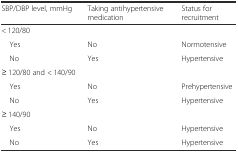
<table><thead><tr><td><b>SBP/DBP level, mmHg</b></td><td><b>Taking antihypertensive medication</b></td><td><b>Status for recruitment</b></td></tr></thead><tbody><tr><td>&lt; 120/80</td><td></td><td></td></tr><tr><td> Yes</td><td>No</td><td>Normotensive</td></tr><tr><td> No</td><td>Yes</td><td>Hypertensive</td></tr><tr><td>≥ 120/80 and &lt; 140/90</td><td></td><td></td></tr><tr><td> Yes</td><td>No</td><td>Prehypertensive</td></tr><tr><td> No</td><td>Yes</td><td>Hypertensive</td></tr><tr><td>≥ 140/90</td><td></td><td></td></tr><tr><td> Yes</td><td>No</td><td>Hypertensive</td></tr><tr><td> No</td><td>Yes</td><td>Hypertensive</td></tr></tbody></table>